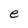
Character: e